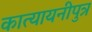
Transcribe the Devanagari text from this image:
कात्यायनीपुत्र